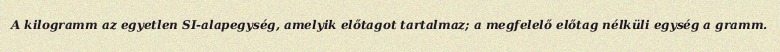
A kilogramm az egyetlen SI-alapegység, amelyik előtagot tartalmaz; a megfelelő előtag nélküli egység a gramm.